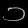
Digit: ၁